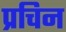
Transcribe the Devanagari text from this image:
प्रचिन